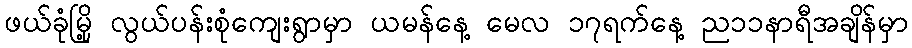
ဖယ်ခုံမြို့ လွယ်ပန်းစုံကျေးရွာမှာ ယမန်နေ့ မေလ ၁၇ရက်နေ့ ည၁၁နာရီအချိန်မှာ